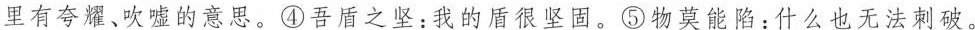
里有夸耀、吹嘘的意思。④吾盾之坚：我的盾很坚固。⑤物莫能陷：什么也无法刺破。